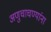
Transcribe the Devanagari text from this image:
अणुचाचण्यांना